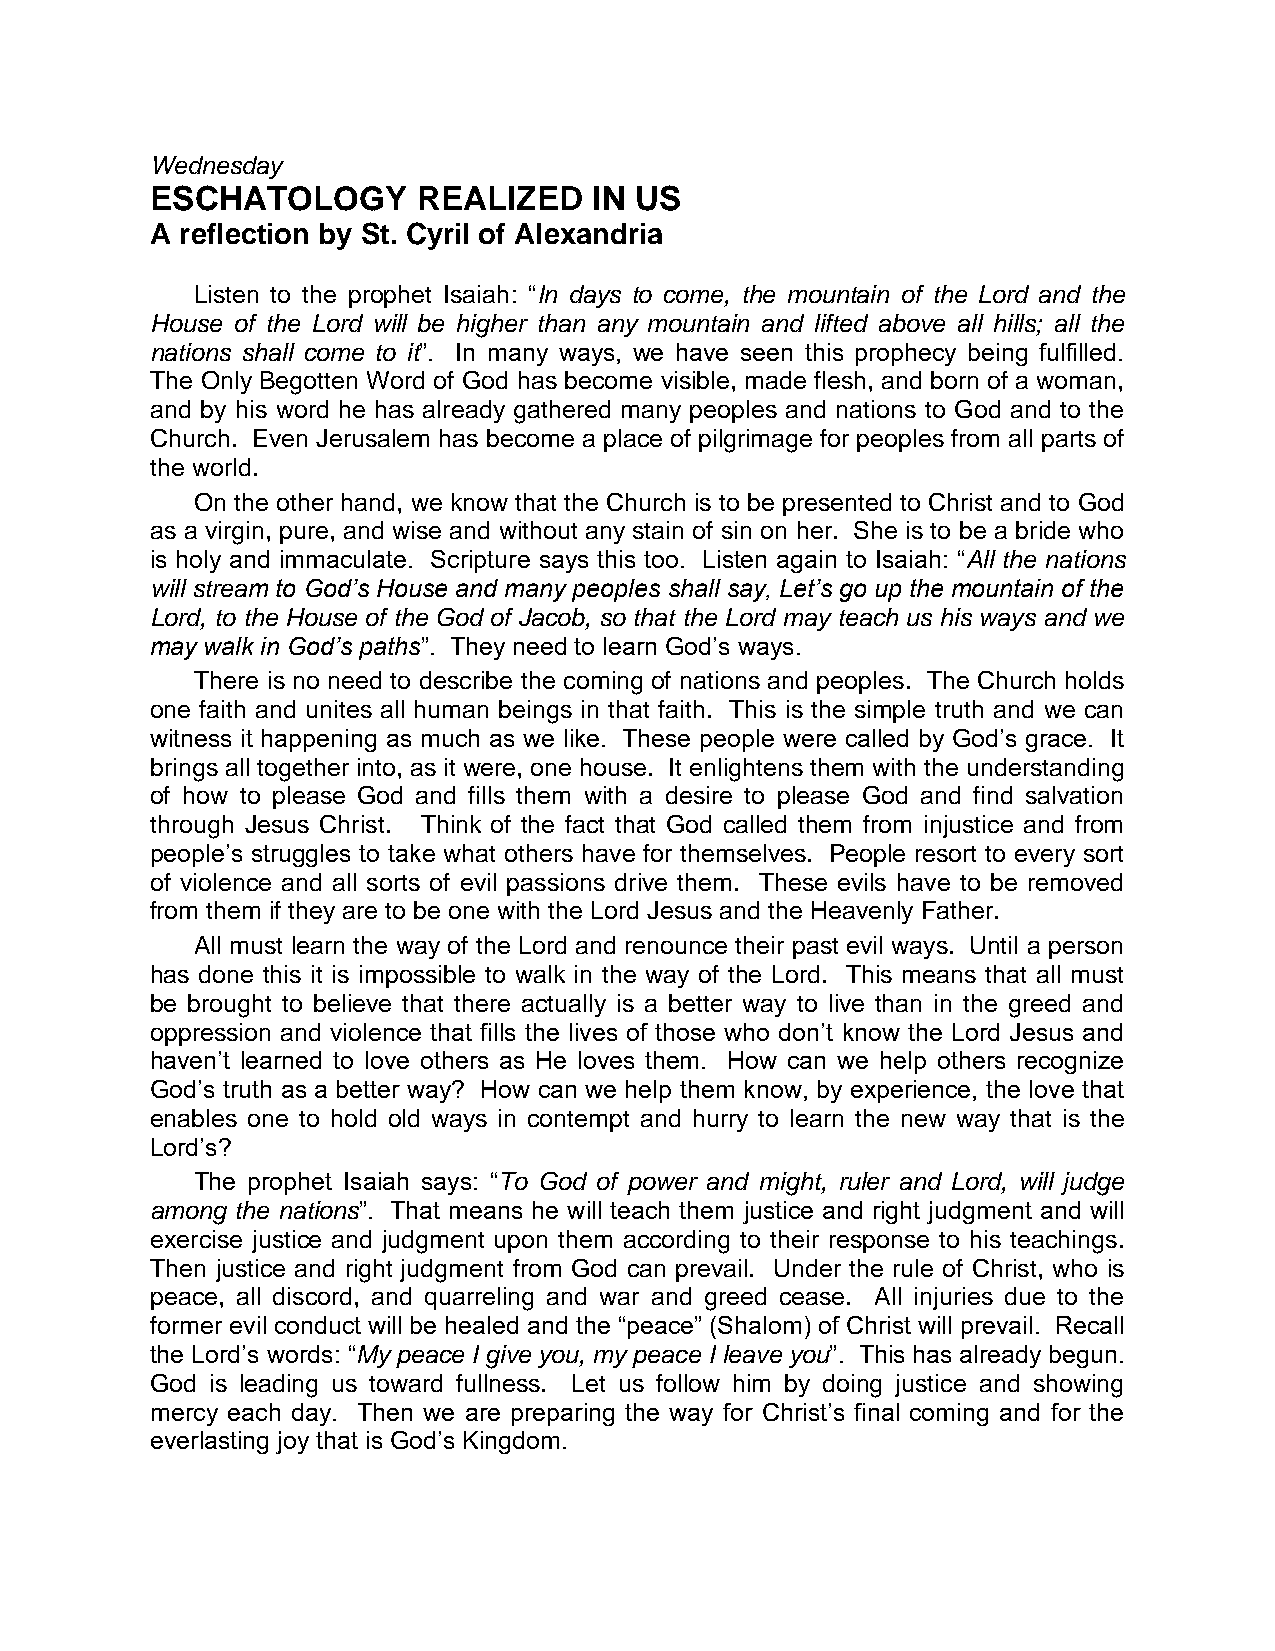
Wednesday
 ESCHATOLOGY       REALIZED   IN US
 A reflection by St. Cyril of Alexandria
 Listen to the prophet Isaiah: “In days to come, the mountain of the Lord and the
 House of the Lord will be higher than any mountain and lifted above all hills; all the
 nations shall come to it”. In many ways, we have seen this prophecy being fulfilled.
 The Only Begotten Word of God has become visible, made flesh, and born of a woman,
 and by his word he has already gathered many peoples and nations to God and to the
 Church. Even Jerusalem has become a place of pilgrimage for peoples from all parts of
 the world.
 On the other hand, we know that the Church is to be presented to Christ and to God
 as a virgin, pure, and wise and without any stain of sin on her. She is to be a bride who
 is holy and immaculate. Scripture says this too. Listen again to Isaiah: “All the nations
 will stream to God’s House and many peoples shall say, Let’s go up the mountain of the
 Lord, to the House of the God of Jacob, so that the Lord may teach us his ways and we
 may walk in God’s paths”. They need to learn God’s ways.
 There is no need to describe the coming of nations and peoples. The Church holds
 one faith and unites all human beings in that faith. This is the simple truth and we can
 witness it happening as much as we like. These people were called by God’s grace. It
 brings all together into, as it were, one house. It enlightens them with the understanding
 of how to please God and fills them with a desire to please God and find salvation
 through Jesus Christ. Think of the fact that God called them from injustice and from
 people’s struggles to take what others have for themselves. People resort to every sort
 of violence and all sorts of evil passions drive them. These evils have to be removed
 from them if they are to be one with the Lord Jesus and the Heavenly Father.
 All must learn the way of the Lord and renounce their past evil ways. Until a person
 has done this it is impossible to walk in the way of the Lord. This means that all must
 be brought to believe that there actually is a better way to live than in the greed and
 oppression and violence that fills the lives of those who don’t know the Lord Jesus and
 haven’t learned to love others as He loves them. How can we help others recognize
 God’s truth as a better way? How can we help them know, by experience, the love that
 enables one to hold old ways in contempt and hurry to learn the new way that is the
 Lord’s?
 The prophet Isaiah says: “To God of power and might, ruler and Lord, will judge
 among the nations”. That means he will teach them justice and right judgment and will
 exercise justice and judgment upon them according to their response to his teachings.
 Then justice and right judgment from God can prevail. Under the rule of Christ, who is
 peace, all discord, and quarreling and war and greed cease. All injuries due to the
 former evil conduct will be healed and the “peace” (Shalom) of Christ will prevail. Recall
 the Lord’s words: “My peace I give you, my peace I leave you”. This has already begun.
 God is leading us toward fullness. Let us follow him by doing justice and showing
 mercy each day. Then we are preparing the way for Christ’s final coming and for the
 everlasting joy that is God’s Kingdom.